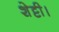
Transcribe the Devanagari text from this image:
शेट्टी।